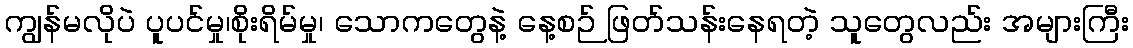
ကျွန်မလိုပဲ ပူပင်မှု၊စိုးရိမ်မှု၊ သောကတွေနဲ့ နေ့စဉ် ဖြတ်သန်းနေရတဲ့ သူတွေလည်း အများကြီး